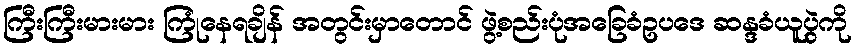
ကြီးကြီးမားမား ကြုံနေရချိန် အတွင်းမှာတောင် ဖွဲ့စည်းပုံအခြေခံဥပဒေ ဆန္ဒခံယူပွဲကို